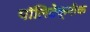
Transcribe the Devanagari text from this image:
पॉलिटेक्‍नीक